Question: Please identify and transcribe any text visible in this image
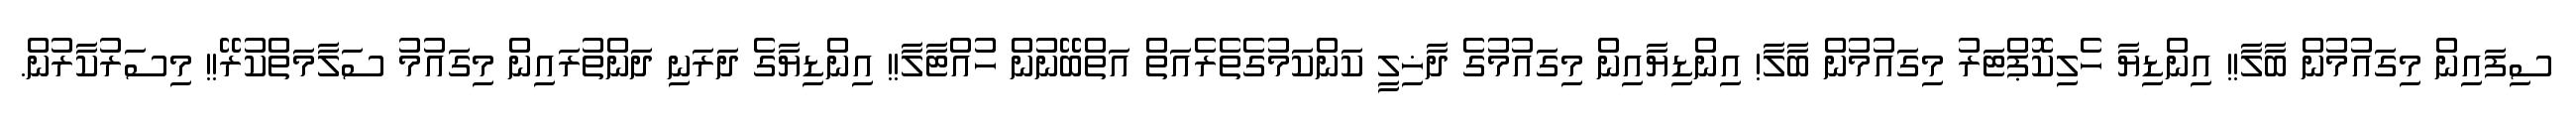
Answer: ސިފައިން މިގައުމުން ބާލާ!! އިންޑިޔާ ހެލިކޮޕްޓަރު މިގައުމުން ބާލާ! އިންޑިޔާއިން މިގައުމުގެ ދާޚިލީ ކަންކަމުގެތެރެއަތް އަތްބޭނުން ހުއްޓާލާ!! އިންޑިޔާގެ ދަރަނި ދަންތުރައިން މިގައުމު ސަލާމަތްކުރޭ!! މިސަރުކާރުން.